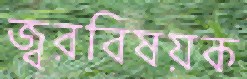
জ্বরবিষয়ক